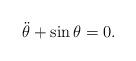
LaTeX: \begin{align*}\ddot{\theta}+\sin\theta=0.\end{align*}